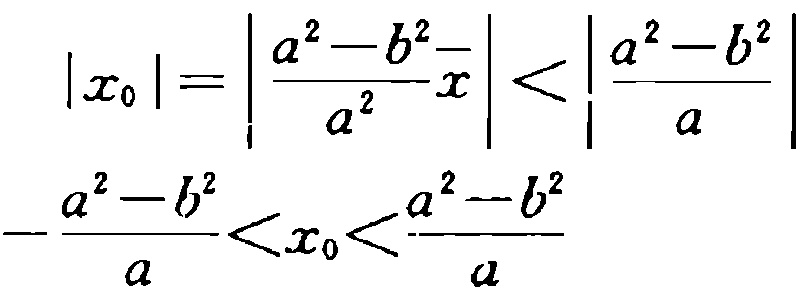
\[
\begin{align*}
|x_0|=\left|\frac{a^{2}-b^{2}}{a^{2}}x\right|&<\left|\frac{a^{2}-b^{2}}{a}\right|\\
-\frac{a^{2}-b^{2}}{a}<x_0&<\frac{a^{2}-b^{2}}{a}
\end{align*}
\]